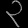
Digit: ၃